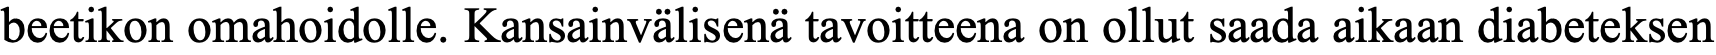
beetikon omahoidolle. Kansainvälisenä tavoitteena on ollut saada aikaan diabeteksen